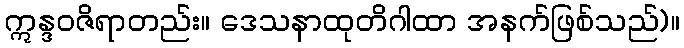
ဣန္ဒဝဇိရာတည်း။ ဒေသနာထုတိဂါထာ အနက်ဖြစ်သည်)။